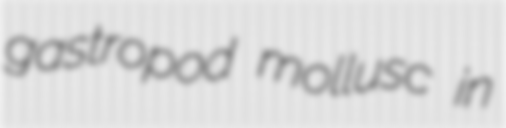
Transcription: gastropod mollusc in